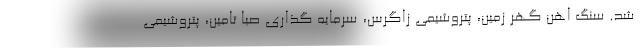
شد. سنگ اهن گهر زمین، پتروشیمی زاگرس، سرمایه گذاری صبا تامین، پتروشیمی